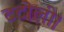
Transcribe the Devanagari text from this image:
टटोली।